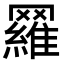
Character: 𦌴